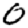
Digit: 0